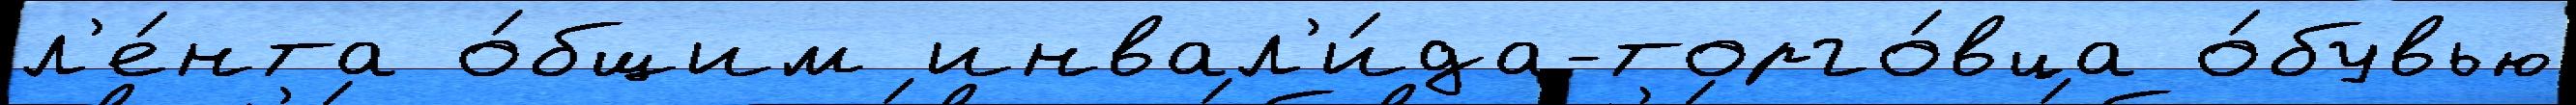
л'е́нта о́бщим инвал'и́да-торго́вца о́бувью